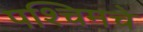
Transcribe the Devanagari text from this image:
पश्‍चिमचे